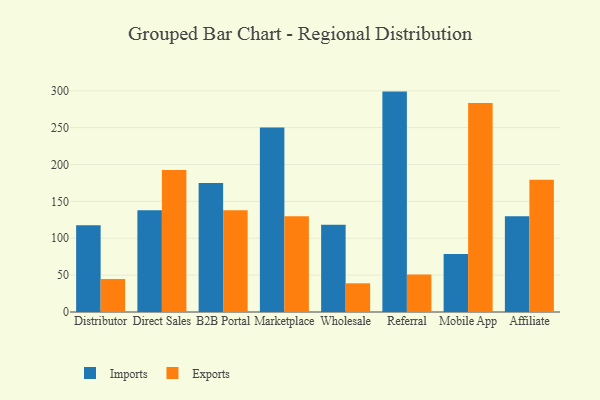
{"axis": {"x": "Channel", "y": "Market Share (%)"}, "legend": ["Exports", "Imports"], "data": [{"x": "Distributor", "y": 117.7, "type": "Imports"}, {"x": "Distributor", "y": 44.7, "type": "Exports"}, {"x": "Direct Sales", "y": 137.9, "type": "Imports"}, {"x": "Direct Sales", "y": 192.5, "type": "Exports"}, {"x": "B2B Portal", "y": 174.8, "type": "Imports"}, {"x": "B2B Portal", "y": 137.8, "type": "Exports"}, {"x": "Marketplace", "y": 250.2, "type": "Imports"}, {"x": "Marketplace", "y": 129.7, "type": "Exports"}, {"x": "Wholesale", "y": 118.3, "type": "Imports"}, {"x": "Wholesale", "y": 38.9, "type": "Exports"}, {"x": "Referral", "y": 298.8, "type": "Imports"}, {"x": "Referral", "y": 51.0, "type": "Exports"}, {"x": "Mobile App", "y": 78.7, "type": "Imports"}, {"x": "Mobile App", "y": 283.4, "type": "Exports"}, {"x": "Affiliate", "y": 129.9, "type": "Imports"}, {"x": "Affiliate", "y": 179.2, "type": "Exports"}]}